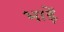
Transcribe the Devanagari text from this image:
भाड़ें